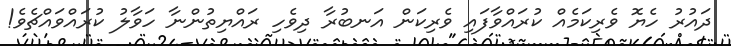
ދައުރު ހެޔޮ ވެރިކަމެއް ކުރައްވާފައި ވެރިކަން އަނބުރާ ދިވެހި ރައްޔިތުންނާ ހަވާލު ކުރައްވައްޗެވެ!